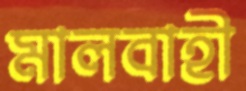
মালবাহী